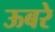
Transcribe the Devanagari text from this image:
ऊबरे